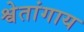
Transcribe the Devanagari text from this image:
श्वेतांगाय